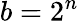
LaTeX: b=2^{n}